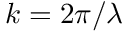
k = 2 \pi / \lambda